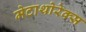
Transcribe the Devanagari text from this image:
मेटाथोरेक्स